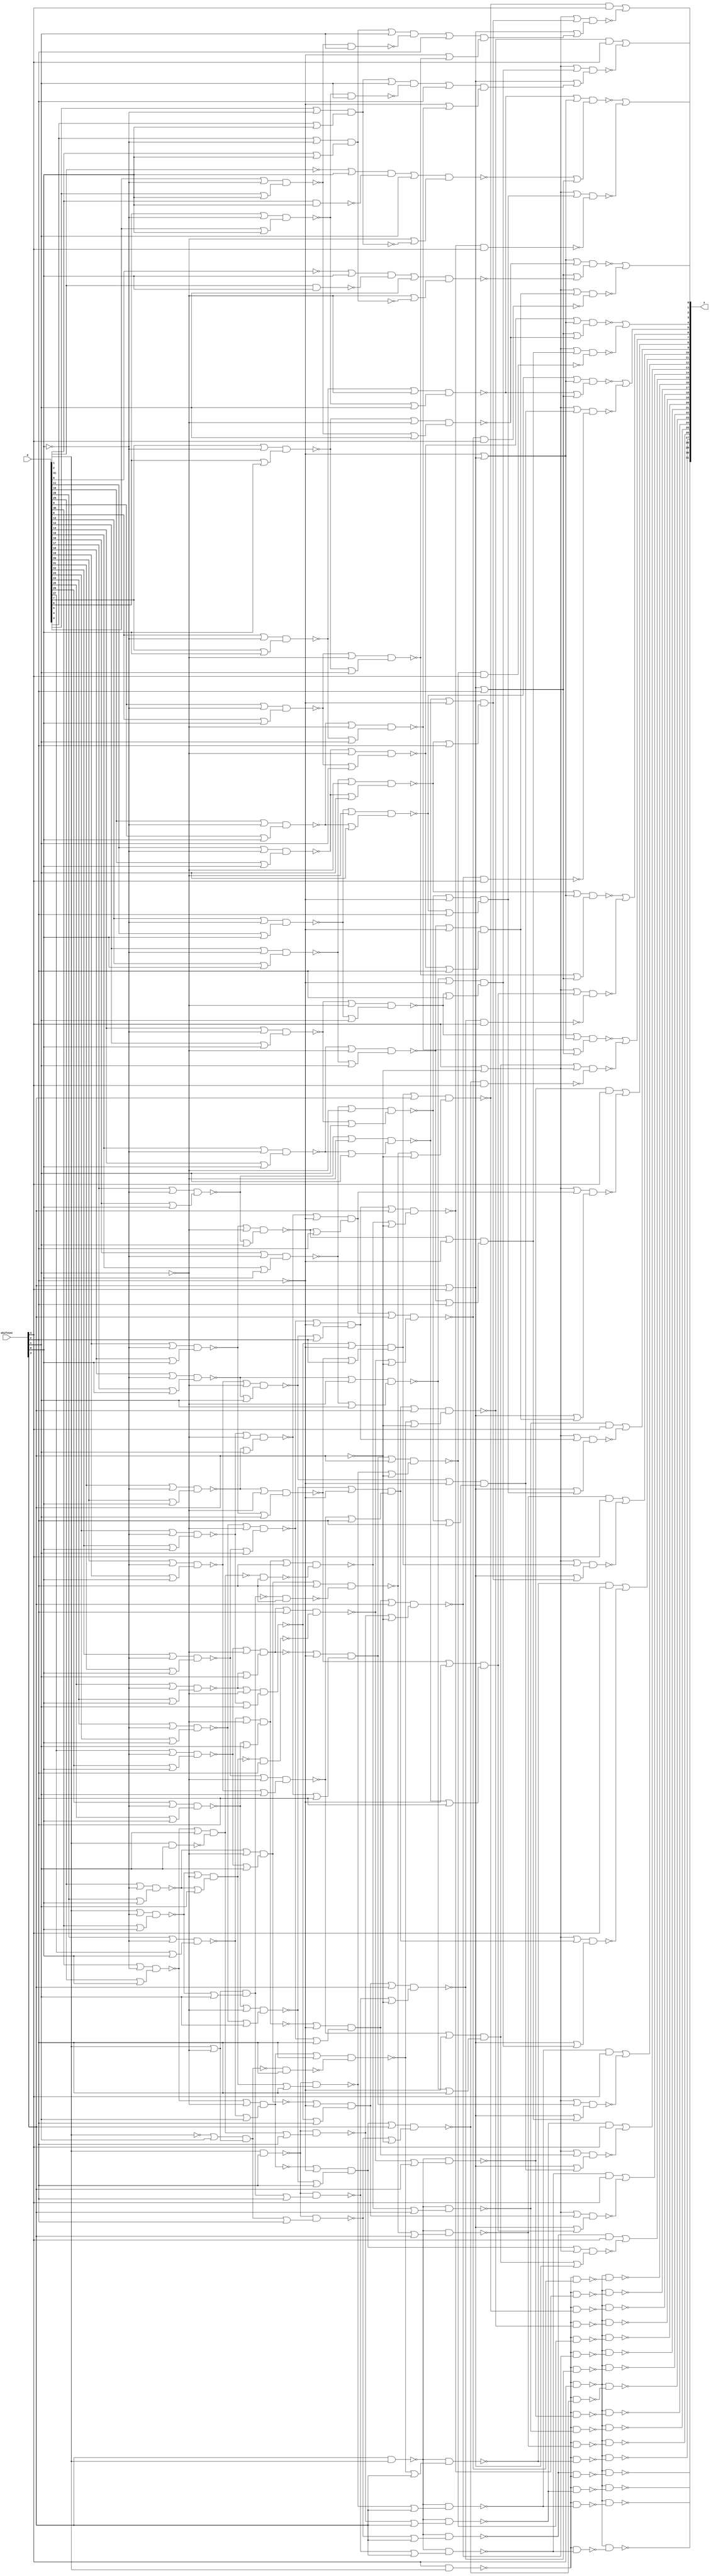

// Generated by Cadence Genus(TM) Synthesis Solution 19.20-d227_1
// Generated on: Sep  7 2021 23:00:10 PDT (Sep  8 2021 06:00:10 UTC)

// Verification Directory fv/top 

module top(a, shiftCnt, z);
  input [31:0] a;
  input [4:0] shiftCnt;
  output [31:0] z;
  wire [31:0] a;
  wire [4:0] shiftCnt;
  wire [31:0] z;
  wire n_546, n_547, n_548, n_549, n_550, n_551, n_552, n_553;
  wire n_554, n_555, n_556, n_557, n_558, n_559, n_560, n_561;
  wire n_562, n_563, n_564, n_565, n_566, n_568, n_569, n_571;
  wire n_572, n_573, n_574, n_575, n_576, n_577, n_578, n_579;
  wire n_580, n_581, n_582, n_583, n_584, n_585, n_586, n_587;
  wire n_588, n_589, n_591, n_592, n_593, n_594, n_595, n_596;
  wire n_597, n_598, n_599, n_600, n_601, n_603, n_604, n_605;
  wire n_606, n_608, n_609, n_610, n_611, n_612, n_613, n_615;
  wire n_616, n_617, n_618, n_619, n_620, n_621, n_623, n_624;
  wire n_625, n_626, n_627, n_628, n_629, n_630, n_631, n_633;
  wire n_634, n_635, n_636, n_637, n_638, n_639, n_641, n_642;
  wire n_643, n_644, n_645, n_647, n_648, n_649, n_650, n_651;
  wire n_652, n_654, n_662, n_664, n_667, n_671, n_673, n_675;
  wire n_676, n_677, n_678, n_680, n_681, n_687, n_688, n_689;
  wire n_690, n_695, n_696, n_701, n_702, n_707, n_708, n_713;
  wire n_714, n_719, n_720, n_725, n_726, n_731, n_732, n_737;
  wire n_738, n_743, n_744, n_749, n_750, n_755, n_756, n_761;
  wire n_762, n_767, n_768, n_773, n_774, n_779, n_780, n_785;
  wire n_786, n_791, n_792, n_797, n_798, n_803, n_804, n_809;
  wire n_810, n_815, n_816, n_821, n_822, n_827, n_828, n_833;
  wire n_834, n_839, n_840, n_845, n_846, n_851, n_852, n_857;
  wire n_858, n_863, n_864, n_869, n_870, n_875, n_876, n_881;
  wire n_882, n_887, n_888, n_893, n_894, n_899, n_900, n_905;
  wire n_906, n_911, n_912, n_917, n_918, n_923, n_924, n_927;
  wire n_932, n_933, n_938, n_939, n_944, n_945, n_950, n_951;
  wire n_956, n_957, n_962, n_963, n_968, n_969, n_974, n_975;
  wire n_980, n_981, n_986, n_987, n_992, n_993, n_998, n_999;
  wire n_1004, n_1005, n_1010, n_1011, n_1016, n_1017, n_1022, n_1023;
  wire n_1028, n_1029, n_1034, n_1035, n_1040, n_1041, n_1046, n_1047;
  wire n_1052, n_1053, n_1058, n_1059, n_1064, n_1065, n_1070, n_1071;
  wire n_1076, n_1077, n_1082, n_1083, n_1088, n_1089, n_1092, n_1097;
  wire n_1098, n_1103, n_1104, n_1109, n_1110, n_1115, n_1116, n_1121;
  wire n_1122, n_1127, n_1128, n_1133, n_1134, n_1139, n_1140, n_1145;
  wire n_1146, n_1151, n_1152, n_1157, n_1158, n_1163, n_1164, n_1169;
  wire n_1170, n_1175, n_1176, n_1181, n_1182, n_1185, n_1190, n_1191;
  wire n_1194, n_1199, n_1200, n_1205, n_1206, n_1209, n_1218, n_1219;
  wire n_1220, n_1221, n_1224, n_1227, n_1230, n_1233, n_1236, n_1239;
  wire n_1242, n_1247, n_1248, n_1251, n_1256, n_1257, n_1262, n_1263;
  wire n_1268, n_1269, n_1274, n_1275, n_1280, n_1281, n_1286, n_1287;
  wire n_1292, n_1293, n_1296, n_1299, n_1302, n_1305, n_1314, n_1315;
  wire n_1316, n_1317, n_1326, n_1327, n_1328, n_1329, n_1338, n_1339;
  wire n_1340, n_1341, n_1350, n_1351, n_1352, n_1353, n_1362, n_1363;
  wire n_1364, n_1365, n_1374, n_1375, n_1376, n_1377, n_1386, n_1387;
  wire n_1388, n_1389, n_1398, n_1399, n_1400, n_1401, n_1410, n_1411;
  wire n_1412, n_1413, n_1416, n_1419, n_1422, n_1425, n_1428, n_1431;
  wire n_1434, n_1437, n_1440, n_1443, n_1446, n_1459, n_1460, n_1461;
  wire n_1462, n_1463, n_1464, n_1477, n_1478, n_1479, n_1480, n_1481;
  wire n_1482, n_1495, n_1496, n_1497, n_1498, n_1499, n_1500, n_1513;
  wire n_1514, n_1515, n_1516, n_1517, n_1518, n_1531, n_1532, n_1533;
  wire n_1534, n_1535, n_1536, n_1549, n_1550, n_1551, n_1552, n_1553;
  wire n_1554, n_1582;
  or g1752 (z[1], n_1463, n_1464);
  or g1753 (z[0], n_1481, n_1482);
  or g1754 (z[4], n_1499, n_1500);
  or g1755 (z[5], n_1517, n_1518);
  or g1756 (z[7], n_1553, n_1554);
  or g1757 (z[6], n_1535, n_1536);
  nand g1758 (z[25], n_569, n_1425);
  nand g1759 (z[22], n_569, n_1302);
  or g1760 (z[9], wc, n_1401);
  not gc (wc, n_1400);
  nand g1761 (n_1464, n_1461, n_1462);
  nand g1762 (z[24], n_569, n_1422);
  nand g1763 (n_1536, n_1533, n_1534);
  nand g1764 (z[16], n_569, n_1446);
  nand g1765 (z[21], n_569, n_1305);
  nand g1766 (z[29], n_569, n_1419);
  or g1767 (z[11], wc0, n_1365);
  not gc0 (wc0, n_1364);
  or g1768 (z[8], wc1, n_1353);
  not gc1 (wc1, n_1352);
  nand g1769 (n_1554, n_1551, n_1552);
  nand g1770 (n_1518, n_1515, n_1516);
  nand g1771 (z[18], n_569, n_1416);
  nand g1772 (z[28], n_569, n_1443);
  or g1773 (z[14], wc2, n_1341);
  not gc2 (wc2, n_1340);
  nand g1774 (z[30], n_569, n_1440);
  or g1775 (z[2], wc3, n_1413);
  not gc3 (wc3, n_1412);
  nand g1776 (z[17], n_569, n_1437);
  nand g1777 (n_1500, n_1497, n_1498);
  or g1778 (z[10], wc4, n_1329);
  not gc4 (wc4, n_1328);
  nand g1779 (z[19], n_569, n_1434);
  or g1780 (z[3], wc5, n_1389);
  not gc5 (wc5, n_1388);
  nand g1781 (z[27], n_569, n_1431);
  nand g1782 (z[23], n_569, n_1296);
  or g1783 (z[12], wc6, n_1317);
  not gc6 (wc6, n_1316);
  nand g1784 (n_1482, n_1479, n_1480);
  nand g1785 (z[26], n_569, n_1428);
  or g1786 (z[13], wc7, n_1377);
  not gc7 (wc7, n_1376);
  nand g1787 (z[20], n_569, n_1299);
  nand g1788 (n_1440, n_568, n_606);
  nand g1789 (n_1437, n_568, n_667);
  nand g1790 (n_1434, n_568, n_639);
  nand g1791 (n_1431, n_568, n_621);
  nand g1792 (n_1428, n_568, n_601);
  nand g1793 (n_1425, n_568, n_645);
  nand g1794 (n_1534, n_664, shiftCnt[4]);
  nand g1795 (n_1422, n_568, n_613);
  nand g1796 (n_1419, n_568, n_631);
  nand g1797 (n_1416, n_568, n_652);
  nand g1798 (n_1552, n_654, shiftCnt[4]);
  nand g1799 (n_1516, n_673, shiftCnt[4]);
  nand g1800 (n_1412, n_652, shiftCnt[4]);
  nand g1801 (n_1328, n_601, shiftCnt[4]);
  nand g1802 (n_1364, n_621, shiftCnt[4]);
  nand g1803 (n_1400, n_645, shiftCnt[4]);
  nand g1804 (n_1376, n_631, shiftCnt[4]);
  nand g1805 (n_1498, n_662, shiftCnt[4]);
  nand g1806 (n_1352, n_613, shiftCnt[4]);
  nand g1807 (n_1296, n_568, n_654);
  or g1808 (z[15], wc8, n_1221);
  not gc8 (wc8, n_1220);
  nand g1809 (n_1299, n_568, n_662);
  nand g1810 (n_1480, n_671, shiftCnt[4]);
  nand g1811 (n_1302, n_568, n_664);
  nand g1812 (n_1388, n_639, shiftCnt[4]);
  nand g1813 (n_1305, n_568, n_673);
  nand g1814 (n_1462, n_667, shiftCnt[4]);
  nand g1815 (n_1316, n_589, shiftCnt[4]);
  nand g1816 (n_1340, n_606, shiftCnt[4]);
  nand g1817 (n_1446, n_568, n_671);
  nand g1818 (n_1443, n_568, n_589);
  nand g1819 (n_1353, n_1350, n_1351);
  nand g1820 (n_606, n_560, n_1233);
  nand g1821 (n_613, n_560, n_1236);
  nand g1822 (n_621, n_560, n_1239);
  nand g1823 (n_601, n_560, n_1230);
  nand g1824 (n_631, n_560, n_1242);
  nand g1825 (n_639, n_1247, n_1248);
  nand g1826 (n_645, n_560, n_1251);
  nand g1827 (n_654, n_1256, n_1257);
  nand g1828 (n_662, n_1262, n_1263);
  nand g1829 (n_664, n_1268, n_1269);
  nand g1830 (n_667, n_1274, n_1275);
  nand g1831 (n_1365, n_1362, n_1363);
  nand g1832 (n_589, n_560, n_1227);
  nand g1833 (n_652, n_1286, n_1287);
  nand g1834 (n_671, n_1292, n_1293);
  nand g1835 (n_1221, n_1218, n_1219);
  nand g1836 (n_1317, n_1314, n_1315);
  nand g1837 (n_1413, n_1410, n_1411);
  nand g1838 (n_1401, n_1398, n_1399);
  nand g1839 (n_1329, n_1326, n_1327);
  nand g1840 (n_1389, n_1386, n_1387);
  nand g1841 (n_1341, n_1338, n_1339);
  nand g1842 (n_1377, n_1374, n_1375);
  nand g1843 (n_673, n_1280, n_1281);
  or g1844 (n_1362, n_566, wc9);
  not gc9 (wc9, n_615);
  or g1845 (n_1363, n_565, wc10);
  not gc10 (wc10, n_619);
  or g1846 (n_1351, n_565, wc11);
  not gc11 (wc11, n_611);
  or g1847 (n_1350, n_566, wc12);
  not gc12 (wc12, n_608);
  or g1848 (n_1374, n_566, wc13);
  not gc13 (wc13, n_625);
  or g1849 (n_1375, n_565, wc14);
  not gc14 (wc14, n_628);
  or g1850 (n_1386, n_566, wc15);
  not gc15 (wc15, n_619);
  or g1851 (n_1339, n_565, wc16);
  not gc16 (wc16, n_604);
  or g1852 (n_1338, n_566, wc17);
  not gc17 (wc17, n_603);
  or g1853 (n_1387, n_565, wc18);
  not gc18 (wc18, n_638);
  or g1854 (n_1398, n_566, wc19);
  not gc19 (wc19, n_641);
  or g1855 (n_1399, n_565, wc20);
  not gc20 (wc20, n_643);
  or g1856 (n_1327, n_565, wc21);
  not gc21 (wc21, n_597);
  or g1857 (n_1326, n_566, wc22);
  not gc22 (wc22, n_593);
  or g1858 (n_1410, n_566, wc23);
  not gc23 (wc23, n_597);
  or g1859 (n_1411, n_565, wc24);
  not gc24 (wc24, n_651);
  or g1860 (n_1251, n_644, shiftCnt[3]);
  or g1861 (n_1315, n_565, wc25);
  not gc25 (wc25, n_584);
  or g1862 (n_1314, n_566, wc26);
  not gc26 (wc26, n_577);
  or g1863 (n_1218, wc27, n_566);
  not gc27 (wc27, n_552);
  or g1864 (n_1461, n_566, wc28);
  not gc28 (wc28, n_643);
  or g1865 (n_1248, n_620, wc29);
  not gc29 (wc29, shiftCnt[3]);
  or g1866 (n_1247, wc30, shiftCnt[3]);
  not gc30 (wc30, n_615);
  or g1867 (n_1533, n_566, wc31);
  not gc31 (wc31, n_604);
  or g1868 (n_1479, n_566, wc32);
  not gc32 (wc32, n_611);
  or g1869 (n_1242, n_630, shiftCnt[3]);
  or g1870 (n_1227, n_588, shiftCnt[3]);
  or g1871 (n_1239, n_620, shiftCnt[3]);
  or g1872 (n_1293, n_612, wc33);
  not gc33 (wc33, shiftCnt[3]);
  or g1873 (n_1292, wc34, shiftCnt[3]);
  not gc34 (wc34, n_608);
  or g1874 (n_1497, n_566, wc35);
  not gc35 (wc35, n_584);
  or g1875 (n_1287, n_600, wc36);
  not gc36 (wc36, shiftCnt[3]);
  or g1876 (n_1286, wc37, shiftCnt[3]);
  not gc37 (wc37, n_593);
  nand g1877 (z[31], n_569, n_1224);
  or g1878 (n_1281, n_630, wc38);
  not gc38 (wc38, shiftCnt[3]);
  or g1879 (n_1280, wc39, shiftCnt[3]);
  not gc39 (wc39, n_625);
  or g1880 (n_1236, n_612, shiftCnt[3]);
  or g1881 (n_1275, n_644, wc40);
  not gc40 (wc40, shiftCnt[3]);
  or g1882 (n_1274, wc41, shiftCnt[3]);
  not gc41 (wc41, n_641);
  or g1883 (n_1219, wc42, n_565);
  not gc42 (wc42, n_559);
  or g1884 (n_1269, n_605, wc43);
  not gc43 (wc43, shiftCnt[3]);
  or g1885 (n_1268, wc44, shiftCnt[3]);
  not gc44 (wc44, n_603);
  or g1886 (n_1515, n_566, wc45);
  not gc45 (wc45, n_628);
  or g1887 (n_1263, n_588, wc46);
  not gc46 (wc46, shiftCnt[3]);
  or g1888 (n_1262, wc47, shiftCnt[3]);
  not gc47 (wc47, n_577);
  or g1889 (n_1233, n_605, shiftCnt[3]);
  or g1890 (n_1551, wc48, n_566);
  not gc48 (wc48, n_559);
  or g1891 (n_1256, wc49, shiftCnt[3]);
  not gc49 (wc49, n_552);
  or g1892 (n_1230, n_600, shiftCnt[3]);
  nand g1893 (n_619, n_1151, n_1152);
  nand g1894 (n_603, n_1190, n_1191);
  nand g1895 (n_1463, n_1459, n_1460);
  nand g1896 (n_651, n_1076, n_1077);
  nand g1897 (n_600, n_1121, n_1122);
  nand g1898 (n_1481, n_1477, n_1478);
  nand g1899 (n_588, n_562, n_1185);
  nand g1900 (n_615, n_1145, n_1146);
  nand g1901 (n_1499, n_1495, n_1496);
  nand g1902 (n_644, n_1181, n_1182);
  nand g1903 (n_584, n_1103, n_1104);
  nand g1904 (n_1517, n_1513, n_1514);
  nand g1905 (n_638, n_1070, n_1071);
  nand g1906 (n_643, n_1175, n_1176);
  nand g1907 (n_611, n_1139, n_1140);
  nand g1908 (n_1535, n_1531, n_1532);
  nand g1909 (n_597, n_1115, n_1116);
  nand g1910 (n_641, n_1169, n_1170);
  nand g1911 (n_1553, n_1549, n_1550);
  nand g1912 (n_1224, n_564, n_568);
  nand g1913 (n_552, n_1082, n_1083);
  nand g1914 (n_608, n_1133, n_1134);
  nand g1915 (n_1220, n_564, shiftCnt[4]);
  nand g1916 (n_628, n_1163, n_1164);
  nand g1917 (n_630, n_562, n_1209);
  nand g1918 (n_577, n_1097, n_1098);
  nand g1919 (n_620, n_1205, n_1206);
  nand g1920 (n_593, n_1109, n_1110);
  nand g1921 (n_625, n_1157, n_1158);
  nand g1922 (n_612, n_1199, n_1200);
  nand g1923 (n_604, n_1127, n_1128);
  nand g1924 (n_559, n_1088, n_1089);
  nand g1925 (n_605, n_562, n_1194);
  or g1926 (n_1070, wc50, shiftCnt[2]);
  not gc50 (wc50, n_687);
  or g1927 (n_1459, n_675, n_677);
  or g1928 (n_1460, n_676, n_678);
  or g1929 (n_1477, n_677, n_680);
  or g1930 (n_1478, n_678, n_681);
  or g1931 (n_1495, n_610, n_677);
  or g1932 (n_1496, n_678, n_680);
  or g1933 (n_1513, n_642, n_677);
  or g1934 (n_1514, n_675, n_678);
  or g1935 (n_1071, wc51, n_635);
  not gc51 (wc51, shiftCnt[2]);
  or g1936 (n_1531, n_596, n_677);
  or g1937 (n_1532, n_648, n_678);
  or g1938 (n_1549, n_618, n_677);
  or g1939 (n_1550, n_635, n_678);
  or g1940 (n_1076, wc52, shiftCnt[2]);
  not gc52 (wc52, n_688);
  or g1941 (n_1077, wc53, n_648);
  not gc53 (wc53, shiftCnt[2]);
  or g1942 (n_1082, n_548, wc54);
  not gc54 (wc54, shiftCnt[2]);
  or g1943 (n_1209, wc55, shiftCnt[2]);
  not gc55 (wc55, n_629);
  or g1944 (n_1083, n_551, shiftCnt[2]);
  or g1945 (n_1205, wc56, shiftCnt[2]);
  not gc56 (wc56, n_548);
  nand g1946 (n_1200, n_587, shiftCnt[2]);
  or g1947 (n_1199, wc57, shiftCnt[2]);
  not gc57 (wc57, n_573);
  or g1948 (n_1194, wc58, shiftCnt[2]);
  not gc58 (wc58, n_598);
  or g1949 (n_1191, n_591, shiftCnt[2]);
  or g1950 (n_1190, n_599, wc59);
  not gc59 (wc59, shiftCnt[2]);
  or g1951 (n_1185, wc60, shiftCnt[2]);
  not gc60 (wc60, n_587);
  nand g1952 (n_1182, n_629, shiftCnt[2]);
  or g1953 (n_1181, wc61, shiftCnt[2]);
  not gc61 (wc61, n_623);
  or g1954 (n_1176, n_642, shiftCnt[2]);
  or g1955 (n_1175, n_627, wc62);
  not gc62 (wc62, shiftCnt[2]);
  or g1956 (n_1170, n_626, shiftCnt[2]);
  or g1957 (n_1169, n_624, wc63);
  not gc63 (wc63, shiftCnt[2]);
  or g1958 (n_1164, n_627, shiftCnt[2]);
  or g1959 (n_1163, n_626, wc64);
  not gc64 (wc64, shiftCnt[2]);
  or g1960 (n_1158, n_624, shiftCnt[2]);
  or g1961 (n_1157, n_623, wc65);
  not gc65 (wc65, shiftCnt[2]);
  or g1962 (n_1152, n_618, shiftCnt[2]);
  or g1963 (n_1151, n_558, wc66);
  not gc66 (wc66, shiftCnt[2]);
  or g1964 (n_1146, n_555, shiftCnt[2]);
  or g1965 (n_1145, n_551, wc67);
  not gc67 (wc67, shiftCnt[2]);
  or g1966 (n_1140, n_610, shiftCnt[2]);
  or g1967 (n_1139, n_583, wc68);
  not gc68 (wc68, shiftCnt[2]);
  or g1968 (n_1134, n_580, shiftCnt[2]);
  or g1969 (n_1133, n_576, wc69);
  not gc69 (wc69, shiftCnt[2]);
  or g1970 (n_1128, n_594, shiftCnt[2]);
  or g1971 (n_1127, n_592, wc70);
  not gc70 (wc70, shiftCnt[2]);
  nand g1972 (n_1122, n_598, shiftCnt[2]);
  or g1973 (n_1121, wc71, shiftCnt[2]);
  not gc71 (wc71, n_599);
  or g1974 (n_1116, n_596, shiftCnt[2]);
  or g1975 (n_1115, n_594, wc72);
  not gc72 (wc72, shiftCnt[2]);
  or g1976 (n_1110, n_592, shiftCnt[2]);
  or g1977 (n_1109, n_591, wc73);
  not gc73 (wc73, shiftCnt[2]);
  or g1978 (n_1104, n_583, shiftCnt[2]);
  or g1979 (n_1103, n_580, wc74);
  not gc74 (wc74, shiftCnt[2]);
  or g1980 (n_1098, n_576, shiftCnt[2]);
  or g1981 (n_1097, n_573, wc75);
  not gc75 (wc75, shiftCnt[2]);
  nand g1982 (n_564, n_560, n_1092);
  or g1983 (n_1088, n_555, wc76);
  not gc76 (wc76, shiftCnt[2]);
  or g1984 (n_1089, n_558, shiftCnt[2]);
  or g1985 (n_1092, n_563, shiftCnt[3]);
  nand g1986 (n_687, n_881, n_882);
  nand g1987 (n_688, n_887, n_888);
  nand g1988 (n_624, n_1010, n_1011);
  nand g1989 (n_592, n_968, n_969);
  nand g1990 (n_558, n_923, n_924);
  or g1991 (n_1257, n_563, wc77);
  not gc77 (wc77, shiftCnt[3]);
  nand g1992 (n_599, n_1064, n_1065);
  nand g1993 (n_623, n_1004, n_1005);
  nand g1994 (n_576, n_938, n_939);
  nand g1995 (n_680, n_1058, n_1059);
  nand g1996 (n_591, n_962, n_963);
  nand g1997 (n_618, n_998, n_999);
  nand g1998 (n_675, n_1052, n_1053);
  nand g1999 (n_551, n_911, n_912);
  nand g2000 (n_681, n_899, n_900);
  nand g2001 (n_648, n_1046, n_1047);
  nand g2002 (n_610, n_992, n_993);
  nand g2003 (n_587, n_956, n_957);
  nand g2004 (n_642, n_1040, n_1041);
  nand g2005 (n_573, n_932, n_933);
  nand g2006 (n_598, n_986, n_987);
  nand g2007 (n_635, n_1034, n_1035);
  nand g2008 (n_555, n_917, n_918);
  nand g2009 (n_583, n_950, n_951);
  nand g2010 (n_629, n_1028, n_1029);
  nand g2011 (n_596, n_980, n_981);
  nand g2012 (n_676, n_893, n_894);
  nand g2013 (n_627, n_1022, n_1023);
  nand g2014 (n_548, n_905, n_906);
  nand g2015 (n_594, n_974, n_975);
  nand g2016 (n_626, n_1016, n_1017);
  nand g2017 (n_580, n_944, n_945);
  or g2018 (n_894, wc78, n_637);
  not gc78 (wc78, shiftCnt[1]);
  or g2019 (n_893, wc79, shiftCnt[1]);
  not gc79 (wc79, n_689);
  or g2020 (n_881, wc80, shiftCnt[1]);
  not gc80 (wc80, n_637);
  nand g2021 (n_882, n_636, shiftCnt[1]);
  or g2022 (n_1065, n_571, shiftCnt[1]);
  or g2023 (n_1064, n_586, wc81);
  not gc81 (wc81, shiftCnt[1]);
  or g2024 (n_1059, n_649, shiftCnt[1]);
  or g2025 (n_1058, n_647, wc82);
  not gc82 (wc82, shiftCnt[1]);
  or g2026 (n_1053, n_636, shiftCnt[1]);
  or g2027 (n_1052, n_634, wc83);
  not gc83 (wc83, shiftCnt[1]);
  or g2028 (n_1047, n_647, shiftCnt[1]);
  or g2029 (n_1046, n_609, wc84);
  not gc84 (wc84, shiftCnt[1]);
  or g2030 (n_1041, n_633, shiftCnt[1]);
  or g2031 (n_1040, n_617, wc85);
  not gc85 (wc85, shiftCnt[1]);
  or g2032 (n_1035, n_634, shiftCnt[1]);
  or g2033 (n_1034, n_633, wc86);
  not gc86 (wc86, shiftCnt[1]);
  or g2034 (n_887, wc87, shiftCnt[1]);
  not gc87 (wc87, n_650);
  or g2035 (n_1028, n_546, shiftCnt[1]);
  or g2036 (n_1023, n_616, shiftCnt[1]);
  or g2037 (n_1022, n_557, wc88);
  not gc88 (wc88, shiftCnt[1]);
  or g2038 (n_1017, n_556, shiftCnt[1]);
  or g2039 (n_1016, n_554, wc89);
  not gc89 (wc89, shiftCnt[1]);
  or g2040 (n_1011, n_553, shiftCnt[1]);
  or g2041 (n_1010, n_550, wc90);
  not gc90 (wc90, shiftCnt[1]);
  or g2042 (n_1005, n_549, shiftCnt[1]);
  or g2043 (n_1004, n_547, wc91);
  not gc91 (wc91, shiftCnt[1]);
  or g2044 (n_999, n_617, shiftCnt[1]);
  or g2045 (n_998, n_616, wc92);
  not gc92 (wc92, shiftCnt[1]);
  or g2046 (n_993, n_609, shiftCnt[1]);
  or g2047 (n_992, n_595, wc93);
  not gc93 (wc93, shiftCnt[1]);
  or g2048 (n_899, wc94, shiftCnt[1]);
  not gc94 (wc94, n_690);
  nand g2049 (n_888, n_649, shiftCnt[1]);
  or g2050 (n_981, n_595, shiftCnt[1]);
  or g2051 (n_980, n_582, wc95);
  not gc95 (wc95, shiftCnt[1]);
  or g2052 (n_975, n_581, shiftCnt[1]);
  or g2053 (n_974, n_579, wc96);
  not gc96 (wc96, shiftCnt[1]);
  or g2054 (n_969, n_578, shiftCnt[1]);
  or g2055 (n_968, n_575, wc97);
  not gc97 (wc97, shiftCnt[1]);
  or g2056 (n_963, n_574, shiftCnt[1]);
  or g2057 (n_962, n_572, wc98);
  not gc98 (wc98, shiftCnt[1]);
  or g2058 (n_957, n_586, shiftCnt[1]);
  or g2059 (n_956, n_585, wc99);
  not gc99 (wc99, shiftCnt[1]);
  or g2060 (n_951, n_582, shiftCnt[1]);
  or g2061 (n_950, n_581, wc100);
  not gc100 (wc100, shiftCnt[1]);
  or g2062 (n_945, n_579, shiftCnt[1]);
  or g2063 (n_944, n_578, wc101);
  not gc101 (wc101, shiftCnt[1]);
  or g2064 (n_939, n_575, shiftCnt[1]);
  or g2065 (n_938, n_574, wc102);
  not gc102 (wc102, shiftCnt[1]);
  or g2066 (n_933, n_572, shiftCnt[1]);
  or g2067 (n_932, n_571, wc103);
  not gc103 (wc103, shiftCnt[1]);
  nand g2068 (n_563, n_562, n_927);
  or g2069 (n_924, n_557, shiftCnt[1]);
  or g2070 (n_923, n_556, wc104);
  not gc104 (wc104, shiftCnt[1]);
  or g2071 (n_918, n_554, shiftCnt[1]);
  or g2072 (n_917, n_553, wc105);
  not gc105 (wc105, shiftCnt[1]);
  or g2073 (n_912, n_550, shiftCnt[1]);
  or g2074 (n_911, n_549, wc106);
  not gc106 (wc106, shiftCnt[1]);
  or g2075 (n_906, n_547, shiftCnt[1]);
  or g2076 (n_905, n_546, wc107);
  not gc107 (wc107, shiftCnt[1]);
  or g2077 (n_900, wc108, n_650);
  not gc108 (wc108, shiftCnt[1]);
  or g2078 (n_987, n_585, shiftCnt[1]);
  or g2079 (n_927, wc109, shiftCnt[2]);
  not gc109 (wc109, n_561);
  or g2080 (n_678, n_565, shiftCnt[2]);
  or g2081 (n_677, wc110, n_565);
  not gc110 (wc110, shiftCnt[2]);
  nand g2082 (n_1206, n_561, shiftCnt[2]);
  nand g2083 (n_569, n_568, shiftCnt[4]);
  nand g2084 (n_650, n_875, n_876);
  nand g2085 (n_689, n_695, n_696);
  nand g2086 (n_690, n_701, n_702);
  nand g2087 (n_649, n_869, n_870);
  nand g2088 (n_546, n_707, n_708);
  nand g2089 (n_547, n_713, n_714);
  nand g2090 (n_647, n_863, n_864);
  nand g2091 (n_549, n_719, n_720);
  nand g2092 (n_550, n_725, n_726);
  nand g2093 (n_637, n_857, n_858);
  nand g2094 (n_553, n_731, n_732);
  nand g2095 (n_554, n_737, n_738);
  nand g2096 (n_636, n_851, n_852);
  nand g2097 (n_556, n_743, n_744);
  nand g2098 (n_557, n_749, n_750);
  nand g2099 (n_634, n_845, n_846);
  nand g2100 (n_571, n_755, n_756);
  nand g2101 (n_572, n_761, n_762);
  nand g2102 (n_633, n_839, n_840);
  nand g2103 (n_574, n_767, n_768);
  nand g2104 (n_575, n_773, n_774);
  nand g2105 (n_617, n_833, n_834);
  nand g2106 (n_578, n_779, n_780);
  nand g2107 (n_579, n_785, n_786);
  nand g2108 (n_616, n_827, n_828);
  nand g2109 (n_581, n_791, n_792);
  nand g2110 (n_582, n_797, n_798);
  nand g2111 (n_609, n_821, n_822);
  nand g2112 (n_585, n_803, n_804);
  nand g2113 (n_586, n_809, n_810);
  nand g2114 (n_595, n_815, n_816);
  or g2115 (n_815, a[11], wc111);
  not gc111 (wc111, shiftCnt[0]);
  or g2116 (n_816, a[10], shiftCnt[0]);
  or g2117 (n_810, a[28], shiftCnt[0]);
  or g2118 (n_809, a[29], wc112);
  not gc112 (wc112, shiftCnt[0]);
  or g2119 (n_821, a[9], wc113);
  not gc113 (wc113, shiftCnt[0]);
  or g2120 (n_804, a[30], shiftCnt[0]);
  or g2121 (n_803, a[31], wc114);
  not gc114 (wc114, shiftCnt[0]);
  or g2122 (n_822, a[8], shiftCnt[0]);
  or g2123 (n_798, a[12], shiftCnt[0]);
  or g2124 (n_797, a[13], wc115);
  not gc115 (wc115, shiftCnt[0]);
  or g2125 (n_827, a[14], wc116);
  not gc116 (wc116, shiftCnt[0]);
  or g2126 (n_792, a[14], shiftCnt[0]);
  or g2127 (n_791, a[15], wc117);
  not gc117 (wc117, shiftCnt[0]);
  or g2128 (n_828, a[13], shiftCnt[0]);
  or g2129 (n_786, a[16], shiftCnt[0]);
  or g2130 (n_785, a[17], wc118);
  not gc118 (wc118, shiftCnt[0]);
  or g2131 (n_833, a[12], wc119);
  not gc119 (wc119, shiftCnt[0]);
  or g2132 (n_780, a[18], shiftCnt[0]);
  or g2133 (n_779, a[19], wc120);
  not gc120 (wc120, shiftCnt[0]);
  or g2134 (n_834, a[11], shiftCnt[0]);
  or g2135 (n_774, a[20], shiftCnt[0]);
  or g2136 (n_773, a[21], wc121);
  not gc121 (wc121, shiftCnt[0]);
  or g2137 (n_839, a[10], wc122);
  not gc122 (wc122, shiftCnt[0]);
  or g2138 (n_768, a[22], shiftCnt[0]);
  or g2139 (n_767, a[23], wc123);
  not gc123 (wc123, shiftCnt[0]);
  or g2140 (n_840, a[9], shiftCnt[0]);
  or g2141 (n_762, a[24], shiftCnt[0]);
  or g2142 (n_761, a[25], wc124);
  not gc124 (wc124, shiftCnt[0]);
  or g2143 (n_845, a[8], wc125);
  not gc125 (wc125, shiftCnt[0]);
  or g2144 (n_756, a[26], shiftCnt[0]);
  or g2145 (n_755, a[27], wc126);
  not gc126 (wc126, shiftCnt[0]);
  or g2146 (n_846, a[7], shiftCnt[0]);
  or g2147 (n_750, a[15], shiftCnt[0]);
  or g2148 (n_749, a[16], wc127);
  not gc127 (wc127, shiftCnt[0]);
  or g2149 (n_851, a[6], wc128);
  not gc128 (wc128, shiftCnt[0]);
  or g2150 (n_744, a[17], shiftCnt[0]);
  or g2151 (n_743, a[18], wc129);
  not gc129 (wc129, shiftCnt[0]);
  or g2152 (n_852, a[5], shiftCnt[0]);
  or g2153 (n_738, a[19], shiftCnt[0]);
  or g2154 (n_737, a[20], wc130);
  not gc130 (wc130, shiftCnt[0]);
  or g2155 (n_857, a[4], wc131);
  not gc131 (wc131, shiftCnt[0]);
  or g2156 (n_732, a[21], shiftCnt[0]);
  or g2157 (n_731, a[22], wc132);
  not gc132 (wc132, shiftCnt[0]);
  or g2158 (n_858, a[3], shiftCnt[0]);
  or g2159 (n_726, a[23], shiftCnt[0]);
  or g2160 (n_725, a[24], wc133);
  not gc133 (wc133, shiftCnt[0]);
  or g2161 (n_863, a[7], wc134);
  not gc134 (wc134, shiftCnt[0]);
  or g2162 (n_720, a[25], shiftCnt[0]);
  or g2163 (n_719, a[26], wc135);
  not gc135 (wc135, shiftCnt[0]);
  or g2164 (n_864, a[6], shiftCnt[0]);
  or g2165 (n_714, a[27], shiftCnt[0]);
  or g2166 (n_713, a[28], wc136);
  not gc136 (wc136, shiftCnt[0]);
  or g2167 (n_869, a[5], wc137);
  not gc137 (wc137, shiftCnt[0]);
  or g2168 (n_708, a[29], shiftCnt[0]);
  or g2169 (n_707, a[30], wc138);
  not gc138 (wc138, shiftCnt[0]);
  or g2170 (n_870, a[4], shiftCnt[0]);
  nand g2171 (n_702, a[1], shiftCnt[0]);
  or g2172 (n_701, wc139, shiftCnt[0]);
  not gc139 (wc139, a[0]);
  or g2173 (n_875, a[3], wc140);
  not gc140 (wc140, shiftCnt[0]);
  nand g2174 (n_696, a[2], shiftCnt[0]);
  or g2175 (n_695, wc141, shiftCnt[0]);
  not gc141 (wc141, a[1]);
  or g2176 (n_876, a[2], shiftCnt[0]);
  nand g2178 (n_1029, a[31], shiftCnt[1]);
  nand g2179 (n_568, shiftCnt[4], a[31]);
  or g2180 (n_566, shiftCnt[4], wc142);
  not gc142 (wc142, shiftCnt[3]);
  or g2181 (n_565, shiftCnt[3], shiftCnt[4]);
  nand g2182 (n_562, a[31], shiftCnt[2]);
  or g2183 (n_1582, wc143, shiftCnt[1]);
  not gc143 (wc143, a[31]);
  or g2184 (n_986, a[31], wc144);
  not gc144 (wc144, shiftCnt[1]);
  nand g2185 (n_561, n_1582, n_986);
  nand g2186 (n_560, shiftCnt[3], a[31]);
endmodule